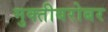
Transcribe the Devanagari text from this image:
मुक्तीबरोबर